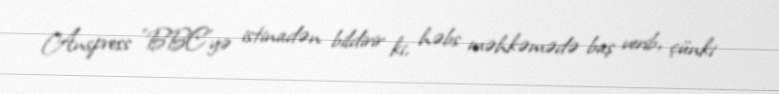
Anspress "BBC"yə istinadən bildirir ki, həbs məhkəmədə baş verib, çünki